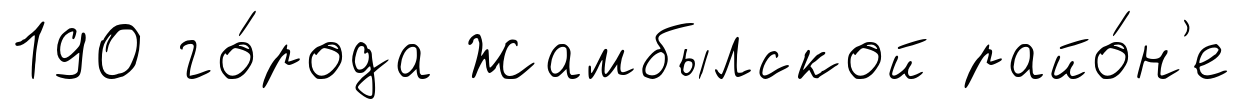
190 го́рода Жамбылской райо́н'е